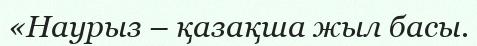
«Наурыз – қазақша жыл басы.